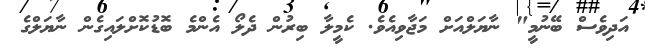
އަދިވެސް ބޭނުމީ" ނާޔަލްއަށް މަޖާވިއެވެ. ކެމީލާ ބިރުން ދެލޯ އެންމެ ބޮޑުކޮށްލައިގެން ނާޔަލްގެ